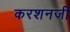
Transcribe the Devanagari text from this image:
करशनजी